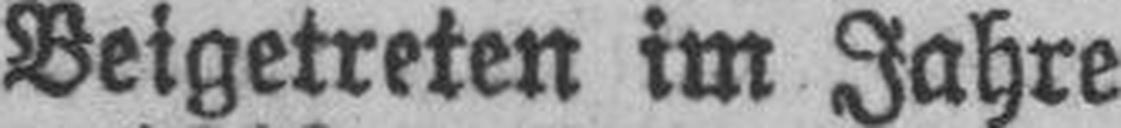
Beigetreten im Jahre